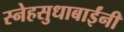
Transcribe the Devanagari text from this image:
स्नेहसुधाबाईंनी